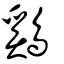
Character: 鷄